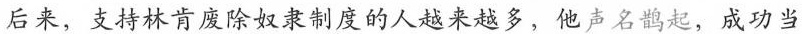
后来，支持林肯废除奴隶制度的人越来越多，他声名鹊起，成功当